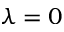
\lambda = 0